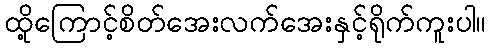
ထို့ကြောင့်စိတ်အေးလက်အေးနှင့်ရိုက်ကူးပါ။